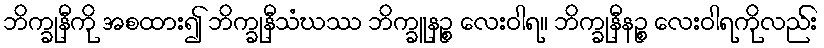
ဘိက္ခုနီကို အစထား၍ ဘိက္ခုနီသံဃဿ ဘိက္ခူနဉ္စ လေးဝါရ။ ဘိက္ခုနီနဉ္စ လေးဝါရကိုလည်း